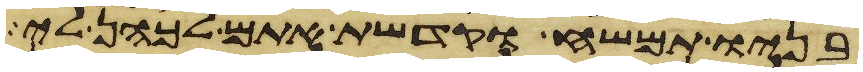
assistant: בניו תמשח וקדשת אתם לכהן לי